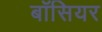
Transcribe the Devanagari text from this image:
बॉसियर